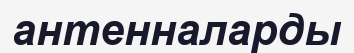
антенналарды